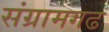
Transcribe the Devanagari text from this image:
संग्रामगढ